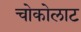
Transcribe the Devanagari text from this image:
चोकोलाट